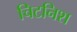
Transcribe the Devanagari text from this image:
चिटनिश